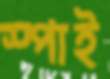
স্পাই